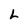
Character: L